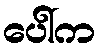
ပေါ်က